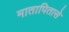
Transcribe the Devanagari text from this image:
मातापितासे